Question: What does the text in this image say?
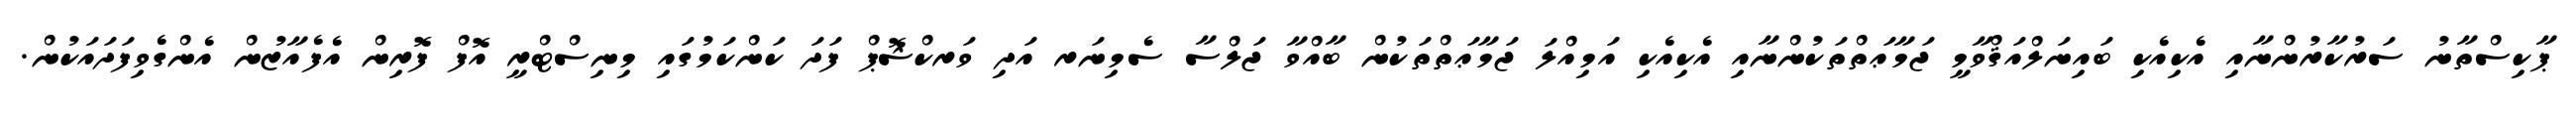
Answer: ޕާކިސްތާނު ސަރުކާރުންނާއި އެކިއެކި ބައިނަލްއަޤްވާމީ ޖަމާޢަތްތަކުންނާއި އެކިއެކި އަމިއްލަ ޖަމާޢަތްތަކުން ބާއްވާ ޖަލްސާ ސެމިނަރ އަދި ވަރކްޝޮޕް ފަދަ ކަންކަމުގައި މިނިސްޓްރީ އޮފް ފޮރިން އެފެއާޒުން އެންގެވިފަދައަކުން.